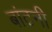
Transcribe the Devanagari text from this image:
बांटनी